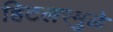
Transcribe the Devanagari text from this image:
हिटलरमुळे